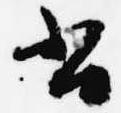
書